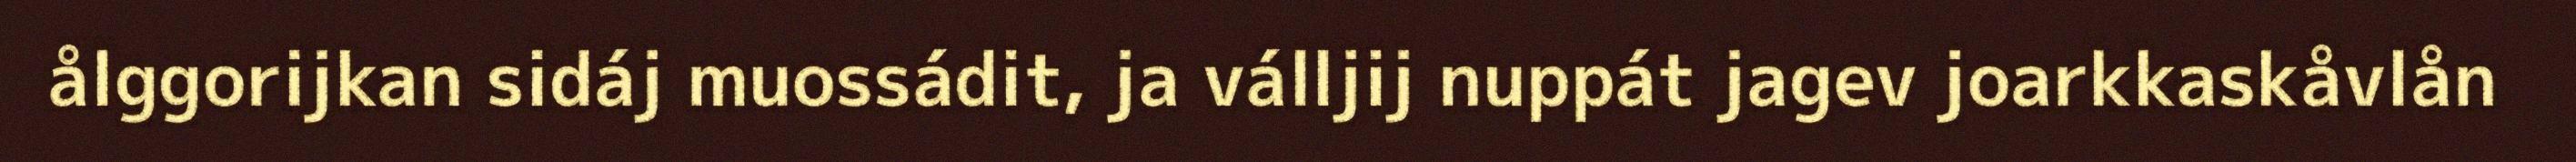
ålggorijkan sidáj muossádit, ja válljij nuppát jagev joarkkaskåvlån